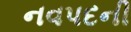
નવપદની